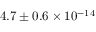
4 . 7 \pm { 0 . 6 } \times 1 0 ^ { - 1 4 }